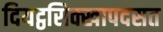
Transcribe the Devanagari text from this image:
दियट्ठसिक्खापदसत